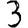
Digit: 3